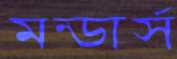
মন্ডার্স